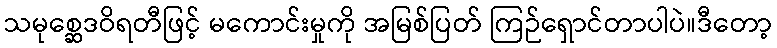
သမုစ္ဆေဒဝိရတီဖြင့် မကောင်းမှုကို အမြစ်ပြတ် ကြဉ်ရှောင်တာပါပဲ။ဒီတော့